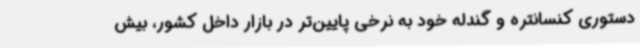
دستوری کنسانتره و گندله خود به نرخی پایین‌تر در بازار داخل کشور، بیش